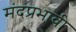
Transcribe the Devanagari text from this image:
मंदप्रभावी